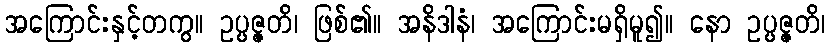
အကြောင်းနှင့်တကွ။ ဥပ္ပဇ္ဇတိ၊ ဖြစ်၏။ အနိဒါနံ၊ အကြောင်းမရှိမူ၍။ နော ဥပ္ပဇ္ဇတိ၊